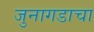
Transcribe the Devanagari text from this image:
जुनागडाचा